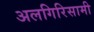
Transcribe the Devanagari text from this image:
अलगिरिसामी